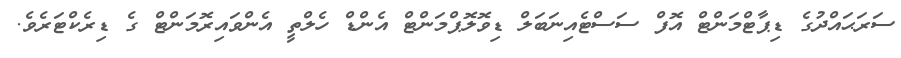
ސަރަޙައްދުގެ ޑިޕާޓްމަންޓް އޮފް ސަސްޓެއިނަބަލް ޑިވޮލޮޕްމަންޓް އެންޑް ހެލްތީ އެންވައިރޮމަންޓް ގެ ޑިރެކްޓަރެވެ.